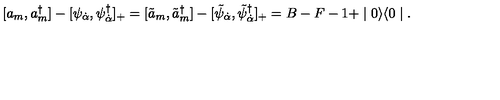
[ a _ { m } , a _ { m } ^ { \dagger } ] - [ \psi _ { \dot { \alpha } } , \psi _ { \dot { \alpha } } ^ { \dagger } ] _ { + } = [ \tilde { a } _ { m } , \tilde { a } _ { m } ^ { \dagger } ] - [ \tilde { \psi } _ { \dot { \alpha } } , \tilde { \psi } _ { \dot { \alpha } } ^ { \dagger } ] _ { + } = B - F - 1 + \mid 0 \rangle \langle 0 \mid .